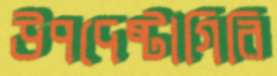
উপদেষ্টাগিরি